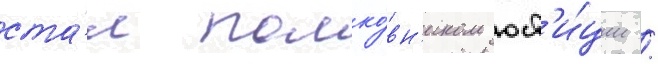
ста́л полко́вн'иком юст'и́ции /